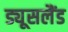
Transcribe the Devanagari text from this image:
ड्यूसलैंड